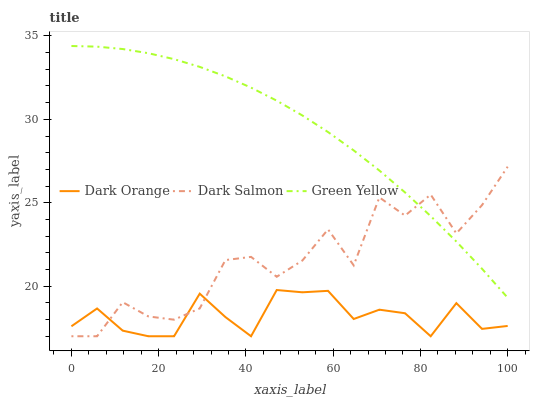
| xaxis_label | Dark Orange | Dark Salmon | Green Yellow |
 | --- | --- | --- | --- |
 | 0 | 17.6 | 17 | 34.4 |
 | 5.88 | 18.7 | 17 | 34.4 |
 | 11.8 | 17.3 | 19 | 34.2 |
 | 17.6 | 17 | 18.2 | 34 |
 | 23.5 | 17 | 18 | 33.6 |
 | 29.4 | 19.6 | 18.7 | 33.1 |
 | 35.3 | 18.2 | 21.6 | 32.6 |
 | 41.2 | 17 | 21.8 | 31.9 |
 | 47.1 | 19.8 | 20.6 | 31.1 |
 | 52.9 | 19.6 | 21.5 | 30.2 |
 | 58.8 | 19.7 | 23.4 | 29.2 |
 | 64.7 | 18 | 21.2 | 28.1 |
 | 70.6 | 18.6 | 25.3 | 26.9 |
 | 76.5 | 18.4 | 24.2 | 25.6 |
 | 82.4 | 17 | 25.5 | 24.2 |
 | 88.2 | 19 | 23.2 | 22.7 |
 | 94.1 | 17.4 | 24.9 | 21 |
 | 100 | 17.6 | 27.2 | 19.3 |